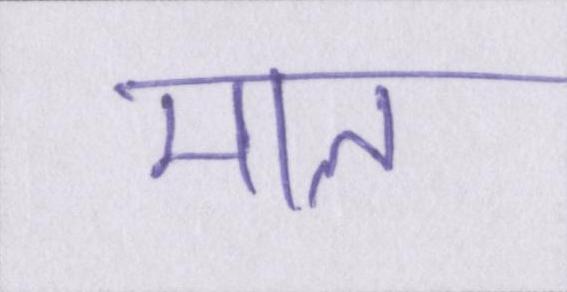
माल